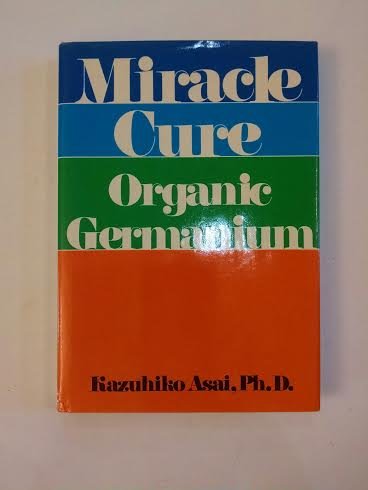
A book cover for Miracle Cure; Kazuhiko Asai; Medical Books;